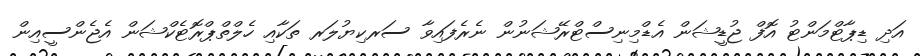
އަދި ޑިޕާޓްމަންޓު އޮފް ޖުޑީޝަން އެޑްމިނިސްޓްރޭޝަނުން ނެރެފައިވާ ސަރކިޔުލަރ ތަކާއި ހެލްތްޕްރޮޓެކްޝަން އެޖެންސީއިން